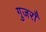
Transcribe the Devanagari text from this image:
गुजराँ